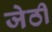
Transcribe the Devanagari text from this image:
जेठी